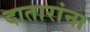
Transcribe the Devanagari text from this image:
दातारांना